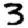
Digit: 3